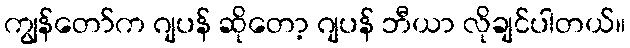
ကျွန်တော်က ဂျပန် ဆိုတော့ ဂျပန် ဘီယာ လိုချင်ပါတယ်။